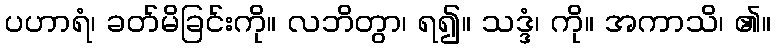
ပဟာရံ၊ ခတ်မိခြင်းကို။ လဘိတွာ၊ ရ၍။ သဒ္ဒံ၊ ကို။ အကာသိ၊ ၏။